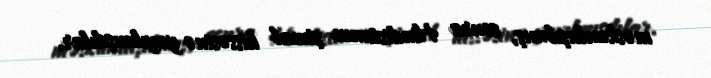
məskunlaşıbmış, sonra Hindistanın şimal hissəsinə yayılmışdılar.